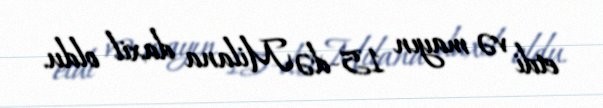
etdi və mayın 15-də Milana daxil oldu.